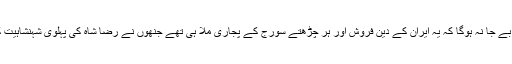
یہاں اس امر کا تذکرہ بے جا نہ ہوگا کہ یہ ایران کے دین فروش اور ہر چڑھتے سورج کے پجاری ملا ہی تھے جنھوں نے رضا شاہ کی پہلوی شہنشاہیت کی راہ ہموار کی تھی۔